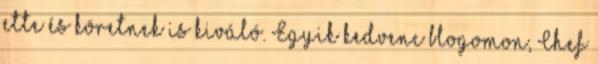
ette és köretnek is kiváló. Egyik kedvenc blogomon, Chef